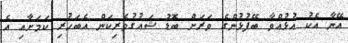
އޭނާ އެކު އުޅުއްވާ ބޭފުޅުންގެ ވަރަށް ބޮޑު ޝައުގުވެރިކަން އެބަހުރި ކަމަށާއި އެ